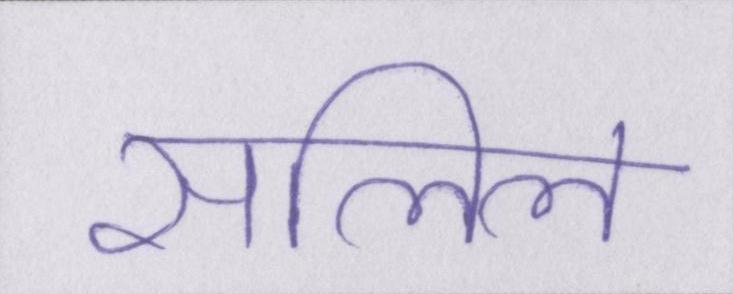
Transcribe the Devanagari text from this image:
सलिल